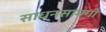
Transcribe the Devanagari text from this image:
साधनसामगी